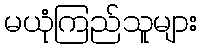
မယုံကြည်သူများ